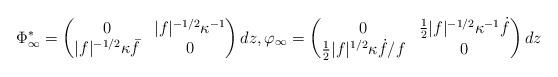
LaTeX: \begin{align*}\Phi_\infty^* = \begin{pmatrix} 0 & |f|^{-1/2} \kappa^{-1} \\ |f|^{-1/2} \kappa \bar f& 0 \end{pmatrix} dz , \varphi_\infty = \begin{pmatrix} 0 & \frac 12 |f|^{-1/2} \kappa^{-1} \dot f \\ \frac 12 |f|^{1/2} \kappa \dot f/f & 0 \end{pmatrix} dz\end{align*}